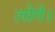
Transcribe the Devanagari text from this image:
लोगे।